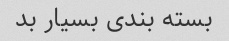
بسته بندی بسیار بد